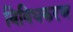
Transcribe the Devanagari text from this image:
विविधकरण